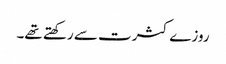
روزے کثرت سے رکھتے تھے۔